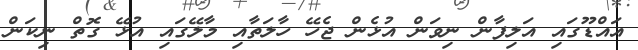
އައްޑޫގައި އަލިފާން ނިވަން އުޅެން ޖެހޭ ހާލަތާއި މާލޭގައި އުޅޭ ގޮތް ނިކަން